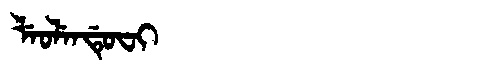
Manchu: ᠯᡝᠣᠯᡝᠨᡩᡠᠸᡳ
Romanization: LEOLENDUFI